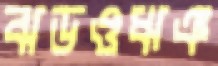
ঝডওঋঞ